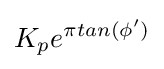
K_{p}e^{\pi tan(\phi ')}